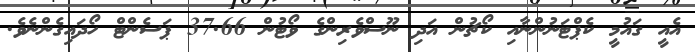
އެއީ ގައުމީ ކެޕްޓަނުންނާއި ކޯޗުން އަދި ނޫސްވެރިންގެ ވޯޓުން 37.66 ޕަސެންޓް ހޯދައިގެންނެވެ.